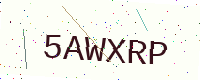
Text: 5AWXRP